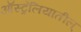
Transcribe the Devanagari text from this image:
ऑस्ट्रेलियातील्